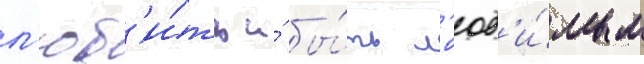
л'юб'и́ть и́ бы́ть л'юб'и́мым